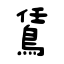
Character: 鵀